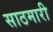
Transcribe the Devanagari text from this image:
साठमारी